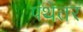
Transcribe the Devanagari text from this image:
पंथेतर